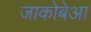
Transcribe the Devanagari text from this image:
जाकोबेआ